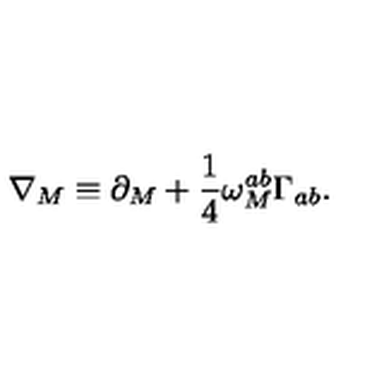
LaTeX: \nabla _ { M } \equiv \partial _ { M } + \frac { 1 } { 4 } \omega _ { M } ^ { a b } \Gamma _ { a b } .